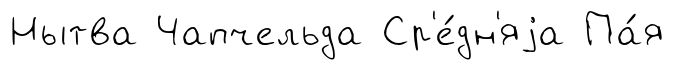
Нытва Чапчельда Ср'е́дн'яjа Па́я